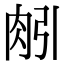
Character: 𦙢